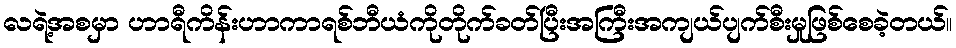
လရဲ့အစမှာ ဟာရီကိန်းဟာကာရစ်ဘီယံကိုတိုက်ခတ်ပြီးအကြီးအကျယ်ပျက်စီးမှုဖြစ်စေခဲ့တယ်။